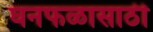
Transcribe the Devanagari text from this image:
घनफळासाठी